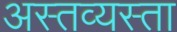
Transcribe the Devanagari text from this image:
अस्तव्यस्ता